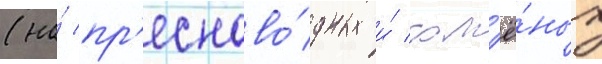
(на́ пр'есново́дных и́ сол'ё́ных